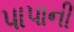
પાપાની